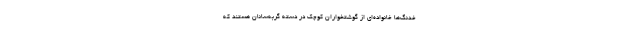
خَدَنگ‌ها خانواده‌ای از گوشتخواران کوچک در دسته گربه‌سانان هستند که